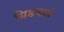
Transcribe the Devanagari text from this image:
ग्रिडवाले